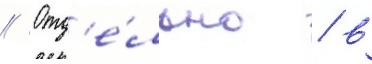
// Отд'е́льно / в